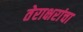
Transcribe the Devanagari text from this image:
तेराक्षरांचा